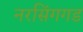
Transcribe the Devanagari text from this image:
नरसिंगगड